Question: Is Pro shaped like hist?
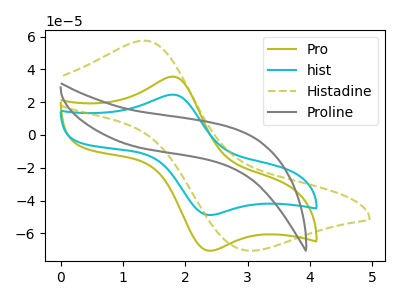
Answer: <think>The olive curve "Pro" has an anodic peak at (1.80V, 35.50uA) and a cathodic peak at (2.40V, -70.65uA). The cyan curve "hist" has an anodic peak at (1.80V, 24.55uA) and a cathodic peak at (2.40V, -48.85uA). The olive dashed curve "Histadine" has an anodic peak at (1.35V, 57.45uA) and a cathodic peak at (3.00V, -70.50uA). The gray curve "Proline" has no peaks.
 All the peaks in "Pro" have a peak in "hist" at the same potential. Every peak in "Pro" is higher than every peak in "hist".</think>
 <answer>"Pro" and "hist" are similar in shape.</answer>
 <eval>same_shape</eval>